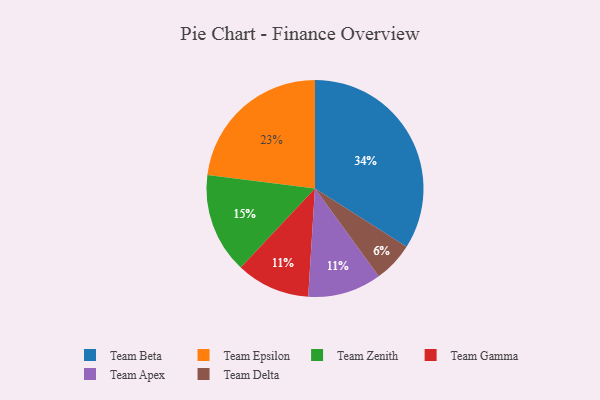
{"axis": {"x": "Category", "y": "Percentage"}, "legend": ["Team Apex", "Team Beta", "Team Delta", "Team Epsilon", "Team Gamma", "Team Zenith"], "data": [{"x": "Team Beta", "y": 34, "type": "Team Beta"}, {"x": "Team Epsilon", "y": 23, "type": "Team Epsilon"}, {"x": "Team Zenith", "y": 15, "type": "Team Zenith"}, {"x": "Team Gamma", "y": 11, "type": "Team Gamma"}, {"x": "Team Apex", "y": 11, "type": "Team Apex"}, {"x": "Team Delta", "y": 6, "type": "Team Delta"}]}